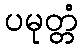
ပမုတ္တံ